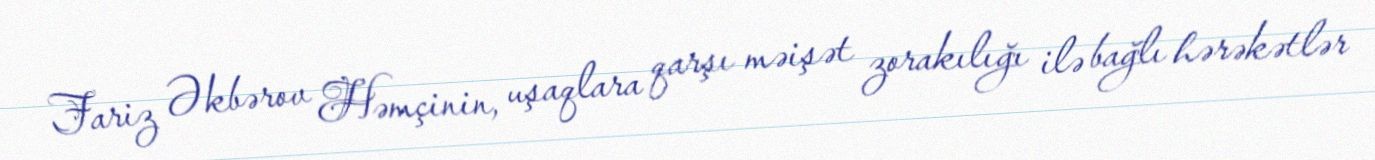
Fariz Əkbərov Həmçinin, uşaqlara qarşı məişət zorakılığı ilə bağlı hərəkətlər